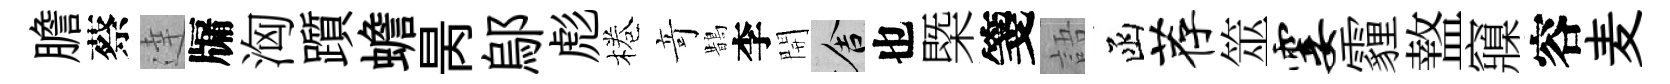
膽蔡達牖洶躓蟾昺鄔彪棬竒鵲李開舍也㮣箋語函荐筮霎霾盩䆿容麦